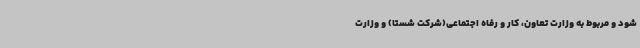
‌شود و مربوط به وزارت تعاون، کار و رفاه اجتماعی(شرکت شستا) و وزارت